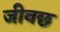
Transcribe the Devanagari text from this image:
जीवछ